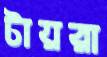
টায়রা